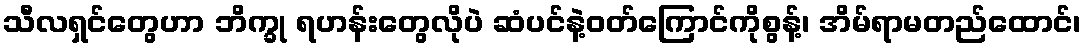
သီလရှင်တွေဟာ ဘိက္ခု ရဟန်းတွေလိုပဲ ဆံပင်နဲ့ဝတ်ကြောင်ကိုစွန့်၊ အိမ်ရာမတည်ထောင်၊